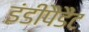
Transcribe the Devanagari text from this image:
इंडीपैडैंट